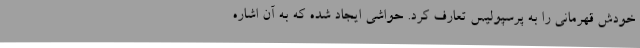
خودش قهرمانی را به پرسپولیس تعارف کرد. حواشی ایجاد شده که به آن اشاره